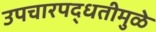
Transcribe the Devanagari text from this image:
उपचारपद्धतीमुळे